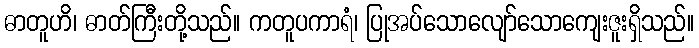
ဓာတူဟိ၊ ဓာတ်ကြီးတို့သည်။ ကတူပကာရံ၊ ပြုအပ်သောလျော်သောကျေးဇူးရှိသည်။